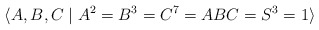
\begin{align*}\langle A,B,C\mid A^2=B^3=C^7=ABC=S^3=1\rangle\end{align*}